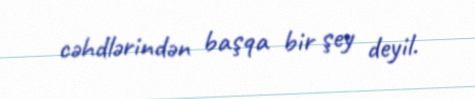
cəhdlərindən başqa bir şey deyil.